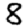
Digit: 8